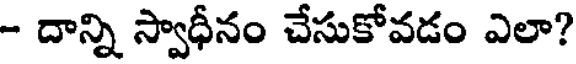
- దాన్ని స్వాధీనం చేసుకోవడం ఎలా?